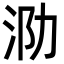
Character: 泐